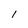
Character: 1